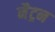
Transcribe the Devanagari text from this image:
नैट्रन